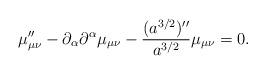
LaTeX: \begin{align*}\mu_{\mu\nu}'' - \partial_{\alpha} \partial^{\alpha} \mu_{\mu\nu} - \frac{(a^{3/2})''}{a^{3/2}} \mu_{\mu\nu} =0.\end{align*}